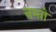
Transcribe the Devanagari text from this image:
नम्तो